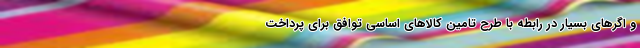
و اگرهای بسیار در رابطه با طرح تامین کالاهای اساسی توافق برای پرداخت